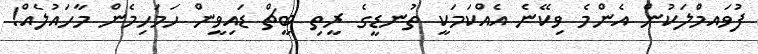
ފުވައމްުލަކުން އެންމެ ވިކޭނެ އެއްކަމަކީ ތުނޑީގެ ރީތި ބީޗް ޑައިވީން ހަމަހިމެން މާހައުލެއް!